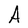
Character: A